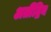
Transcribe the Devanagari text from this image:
अतीेंद्रिय